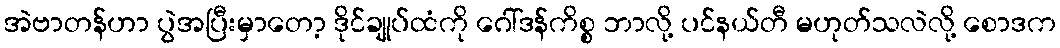
အဲဗာတန်ဟာ ပွဲအပြီးမှာတော့ ဒိုင်ချုပ်ထံကို ဂေါ်ဒန်ကိစ္စ ဘာလို့ ပင်နယ်တီ မဟုတ်သလဲလို့ စောဒက